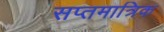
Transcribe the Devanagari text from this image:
सप्तमात्रिक